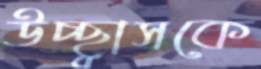
উচ্ছ্বাসকে